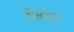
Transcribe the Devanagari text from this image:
झेललेले